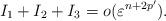
LaTeX: \begin{align*}I_{1}+I_{2}+I_{3}=o(\varepsilon^{n+2p^{\prime}}).\end{align*}